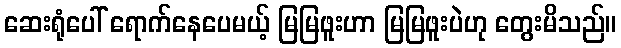
ဆေးရုံပေါ် ရောက်နေပေမယ့် မြမြဖူးဟာ မြမြဖူးပဲဟု တွေးမိသည်။